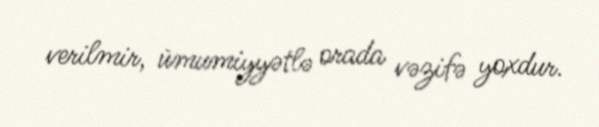
verilmir, ümumiyyətlə orada vəzifə yoxdur.